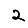
Digit: 2